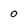
Character: o